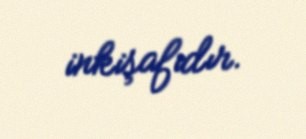
inkişafıdır.